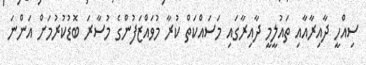
ސިއްހީ ދާއިރާއާއި ތައުލީމީ ދާއިރާގައި މަސައްކަތް ކުރާ މުވައްޒަފުންގެ މުސާރަ ބޮޑުކުރުމަށް އަންނަ